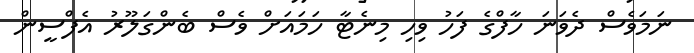
ނަމަވެސް ދެވަނަ ހާފްގެ ފަހު ވިހި މިނެޓާ ހަމައަށް ވެސް ބެންގަލޫރު އެފްސީން